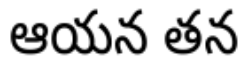
ఆయన తన